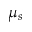
\mu _ { s }